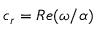
c _ { r } = R e ( \omega / \alpha )